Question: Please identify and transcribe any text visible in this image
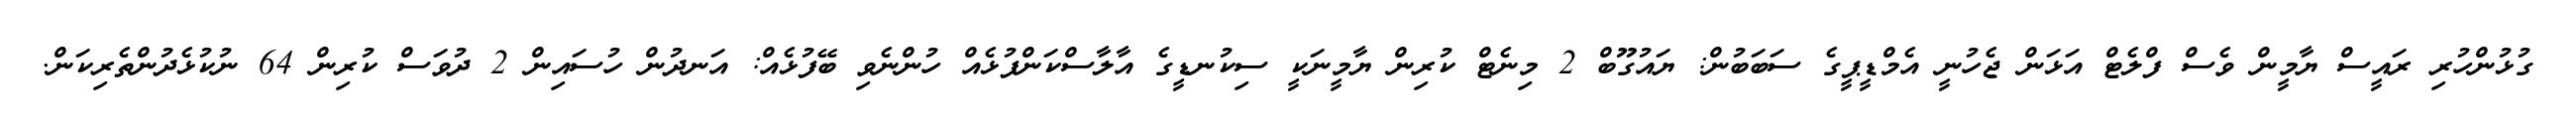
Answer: ގުޅުންހުރި ރައީސް ޔާމީން ވެސް ފްލެޓް އަޅަން ޖެހުނީ އެމްޑީޕީގެ ސަބަބުން: ޔައުގޫބް 2 މިނެޓް ކުރިން ޔާމީނަކީ ސިކުނޑީގެ އާލާސްކަންފުޅެއް ހުންނެވި ބޭފުޅެއް: އަނދުން ހުސައިން 2 ދުވަސް ކުރިން 64 ނުކުޅެދުންތެރިކަން.